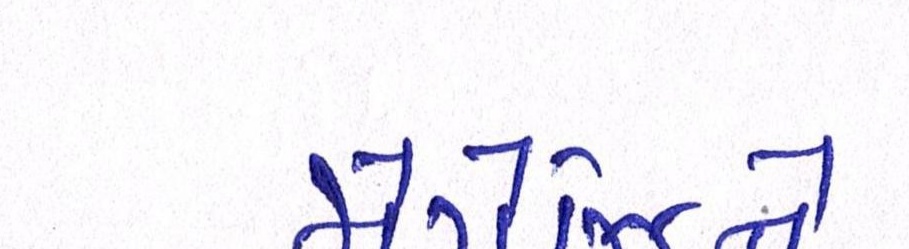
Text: મેગેઝિને